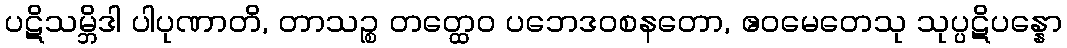
ပဋိသမ္ဘိဒါ ပါပုဏာတိ, တာသဉ္စ တတ္ထေဝ ပဘေဒဝစနတော, ဧဝမေတေသု သုပ္ပဋိပန္နော